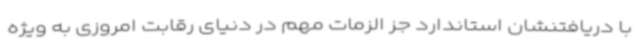
با دریافتنشان استاندارد جز الزمات مهم در دنیای رقابت امروزی به ویژه